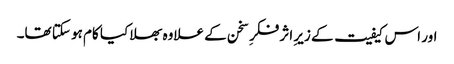
اور اس کیفیت کے زیرِ اثر فکرِ سخن کے علاوہ بھلا کیا کام ہو سکتا تھا۔